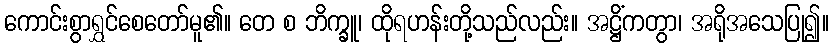
ကောင်းစွာရွှင်စေတော်မူ၏။ တေ စ ဘိက္ခူ၊ ထိုရဟန်းတို့သည်လည်း။ အဋ္ဌိံကတွာ၊ အရိုအသေပြု၍။